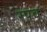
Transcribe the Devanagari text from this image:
रपव